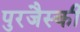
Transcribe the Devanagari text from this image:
पुरजैस्की